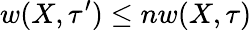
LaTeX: w(X,\tau^{\prime})\leq nw(X,\tau)